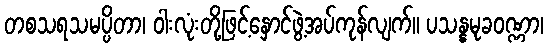
တစသရသမပ္ပိတာ၊ ဝါးလုံးတို့ဖြင့်နှောင်ဖွဲ့အပ်ကုန်လျက်။ ပသန္နမုခဝဏ္ဏာ၊